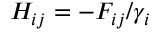
H _ { i j } = - F _ { i j } / \gamma _ { i }